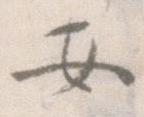
安